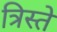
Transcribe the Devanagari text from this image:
त्रिस्ते